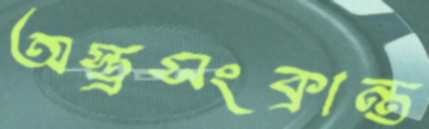
অস্ত্রসংক্রান্ত